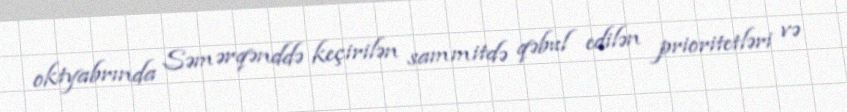
oktyabrında Səmərqənddə keçirilən sammitdə qəbul edilən prioritetləri və